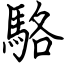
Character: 駱